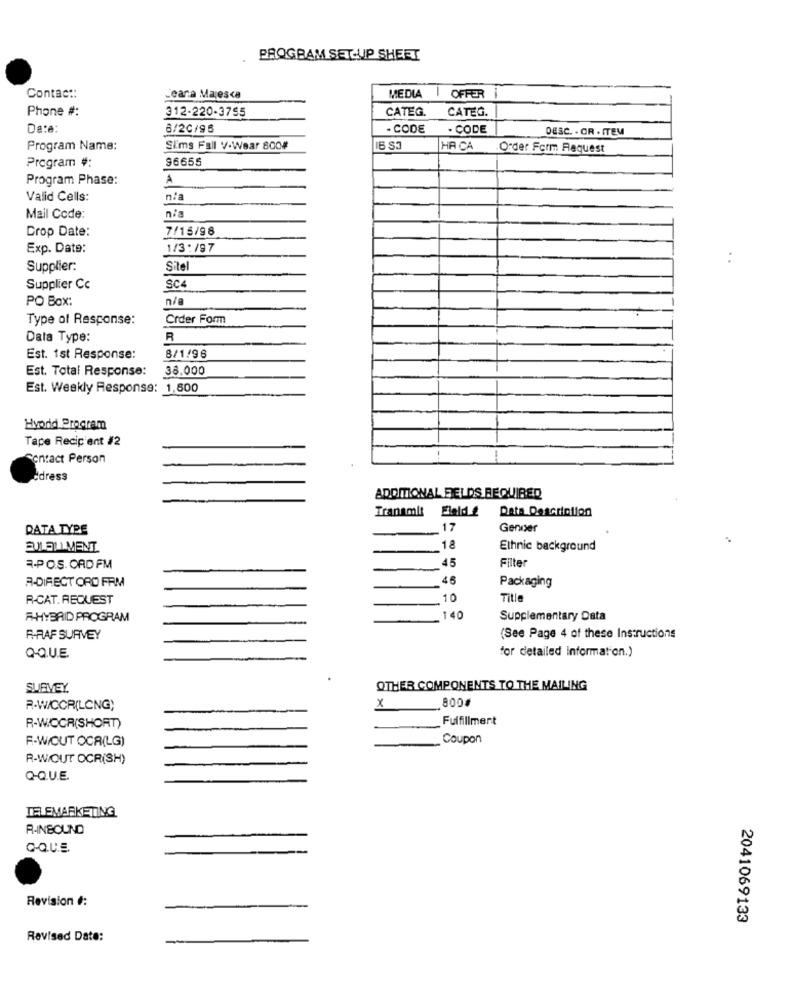
PROGRAM SET-UP SHEET
Contac ::
Leara Majesca
MEDIA
OFFER
Phone #:
CATEG.
CATEG.
312-220-3755
Date:
6/20/96
- CODE
· CODE
DESC. . OR . ITEM
Program Name:
Sims Fall V.Wear 800
HA CA
Order Form Request
Program #:
96655
Program Phase:
A
Valid Cells:
nia
Mail Code:
n/a
Crop Date:
7/15/98
Exp. Date:
1/3:/97
Supplier:
Sitel
Supplier Cc
SCA
PO Box:
n/a
Type of Response:
Crder Form
Data Type:
R
Est. 1st Response:
8/1/96
Est. Total Response:
38.000
Est. Weekly Response: 1,800
Hybrid Program
Tape Recipient #2
-
Contact Person
cdress
ADDITIONAL FELDS REQUIRED
Data Description
Tranamit Eleld &
DATA TYPE
17
Gender
ELLOL MENT
_18
Ethnic background
Filter
3-POS. ORD FM
A-DIRECT ORD FRM
46
Packaging
R-CAT. REQUEST
10
Title
A-HYBRID PROGRAM
140
Supplementary Data
R .- RAF SURVEY
(See Page 4 of these Instructions
for detailed Information.)
QQUE
SURVEY
OTHER COMPONENTS TO THE MAILING
800
R.W/CCR(LONG)
×
Fulfillment
R-WIOCR(SHORT)
F-WIOUT OCA(LG)
Coupon
R-WOUT OCR(SH)
Q-QUE.
TELEMARKETING
R-INBOUND
C-QUE
Revision #:
2041069133
Revised Date: